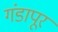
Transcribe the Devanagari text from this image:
गंडापूर